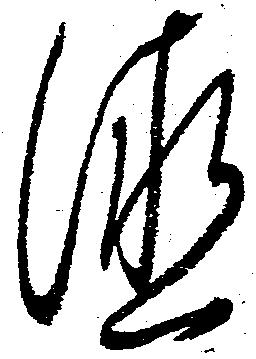
徳